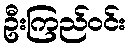
ဦးကြည်ဝင်း